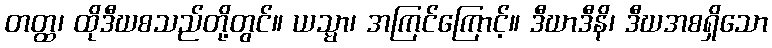
တတ္ထ၊ ထိုဒီဃစသည်တို့တွင်။ ယသ္မာ၊ အကြင်ကြောင့်။ ဒီဃာဒီနိ၊ ဒီဃအစရှိသော